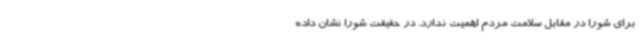
برای شورا در مقابل سلامت مردم اهمیت ندارد. در حقیقت شورا نشان داده